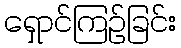
ရှောင်ကြဉ်ခြင်း